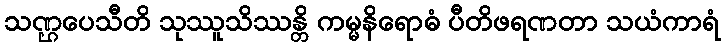
သဏ္ဌပေသီတိ သုဿူသိဿန္တိ ကမ္မနိရောဓံ ပီတိဖရဏတာ သယံကာရံ